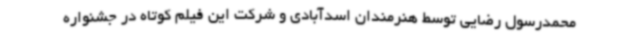
محمدرسول رضایی توسط هنرمندان اسدآبادی و شرکت این فیلم کوتاه در جشنواره